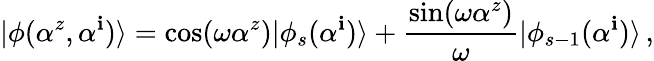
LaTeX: |\phi(\alpha^{z},\alpha^{\mathbf{i}})\rangle=\cos(\omega\alpha^{z})|\phi_{s}(\alpha^{\mathbf{i}})\rangle+\frac{{\sin(\omega\alpha^{z})}}{{\omega}}|\phi_{s-1}(\alpha^{\mathbf{i}})\rangle\, ,